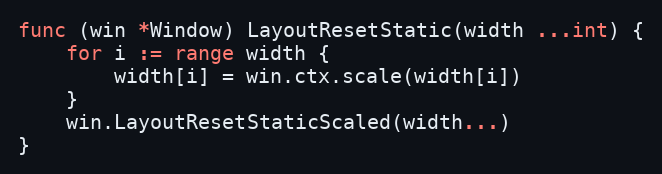
Language: Go
func (win *Window) LayoutResetStatic(width ...int) {
	for i := range width {
		width[i] = win.ctx.scale(width[i])
	}
	win.LayoutResetStaticScaled(width...)
}